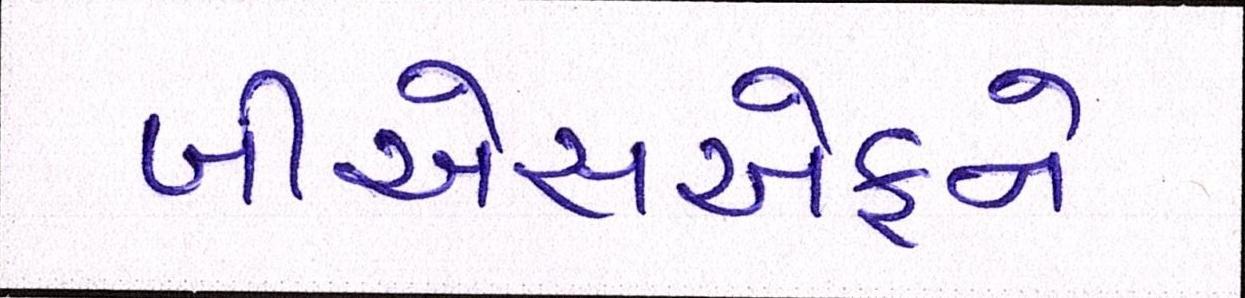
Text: બીએસએફને